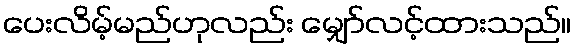
ပေးလိမ့်မည်ဟုလည်း မျှော်လင့်ထားသည်။